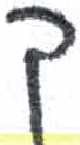
אות: ק